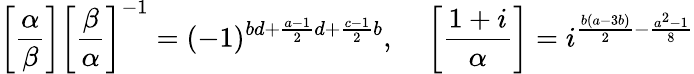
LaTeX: \left[{\frac{\alpha}{\beta}}\right]\left[{\frac{\beta}{\alpha}}\right]^{-1}=(-1)^{bd+{\frac{a-1}{2}}d+{\frac{c-1}{2}}b},\; \; \; \; \left[{\frac{1+i}{\alpha}}\right]=i^{{\frac{b(a-3b)}{2}}-{\frac{a^{2}-1}{8}}}